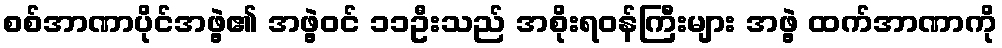
စစ်အာဏာပိုင်အဖွဲ့၏ အဖွဲ့ဝင် ၁၁ဦးသည် အစိုးရဝန်ကြီးများ အဖွဲ့ ထက်အာဏာကို